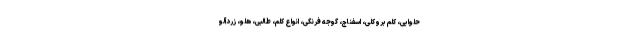
حلوایی، کلم بروکلی، اسفناج، گوجه فرنگی، انواع کلم، طالبی، هلو، زردآلو